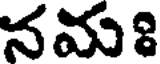
నమః